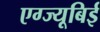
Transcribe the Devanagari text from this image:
एग्ज्यूबिई